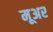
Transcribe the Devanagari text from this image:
मूअर